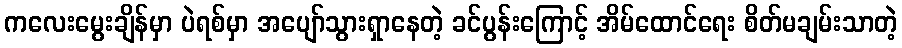
ကလေးမွေးချိန်မှာ ပဲရစ်မှာ အပျော်သွားရှာနေတဲ့ ခင်ပွန်းကြောင့် အိမ်ထောင်ရေး စိတ်မချမ်းသာတဲ့